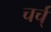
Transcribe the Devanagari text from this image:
चर्च्